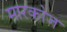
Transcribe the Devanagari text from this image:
मारकोज